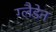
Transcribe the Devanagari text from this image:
ग्लैडेन